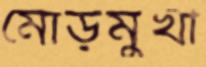
মোড়মুখী